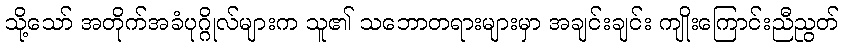
သို့သော် အတိုက်အခံပုဂ္ဂိုလ်များက သူ၏ သဘောတရားများမှာ အချင်းချင်း ကျိုးကြောင်းညီညွတ်